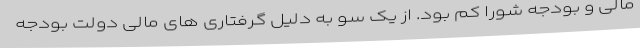
مالی و بودجه شورا کم بود. از یک سو به دلیل گرفتاری های مالی دولت بودجه